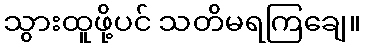
သွားထူဖို့ပင် သတိမရကြချေ။